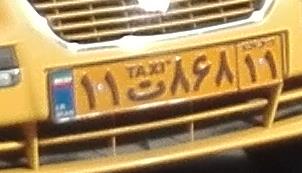
۱۱ت۸۶۸۱۱